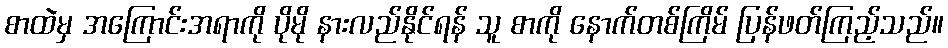
စာထဲမှ အကြောင်းအရာကို ပိုမို နားလည်နိုင်ရန် သူ စာကို နောက်တစ်ကြိမ် ပြန်ဖတ်ကြည့်သည်။